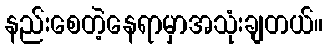
နည်းစေတဲ့နေရာမှာအသုံးချတယ်။